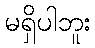
မရှိပါဘူး